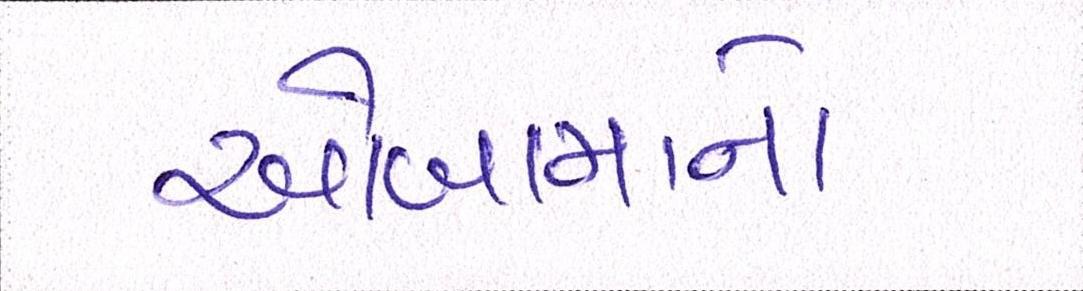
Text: ઓબામાનો